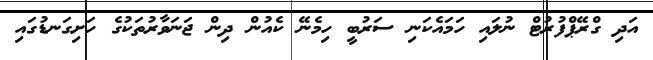
އަދި ގްރޭޕްފުރުޓް ނުލައި ހަމައެކަނި ސަރުބީ ހިމެނޭ ކެއުން ދިން ޖަނަވާރުތަކުގެ ހަށިގަނޑުގައި